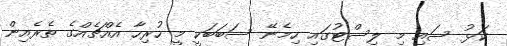
ކަޅު ސައި މި ލިސްޓުގައި ހިމެނޭ ސަބަބަކީ މީ ހުރިހާ އެއްޗެއްގެ ތެރެއިން